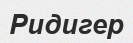
Ридигер